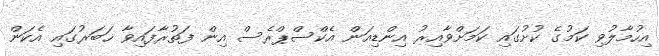
އިހުމާލުވި ކަމުގެ ކުށުގައި ކަމަށްވާއިރު އިންޑިއަން އެކްސްޕްރެސް އިން ފަތުރާފައިވާ ޚަބަރުގައި އެކަން